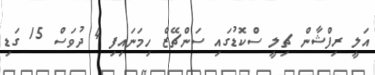
އަލީ ރިފްޝާން ޗިލީ ސްކޮޑުގައި ސަންޗޭޒް ހިމަނައިފި 4 ދުވަސް 15 ގަޑި